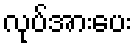
လုပ်အားပေး